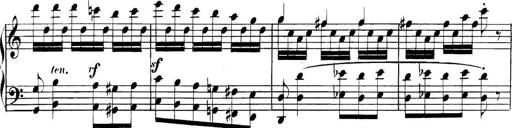
Title: Collected Piano Sonatas
Composer: Muzio Clementi